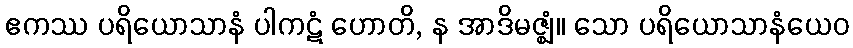
ဧကဿ ပရိယောသာနံ ပါကဋံ ဟောတိ, န အာဒိမဇ္ဈံ။ သော ပရိယောသာနံယေဝ